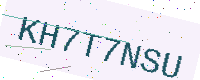
Text: KH7T7NSU